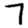
Digit: 7